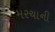
મરચાની